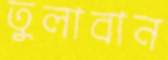
তুলাবান